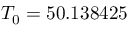
T _ { 0 } = 5 0 . 1 3 8 4 2 5